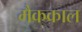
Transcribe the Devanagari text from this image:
मैककाल